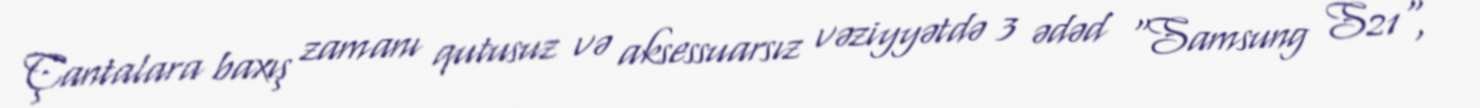
Çantalara baxış zamanı qutusuz və aksessuarsız vəziyyətdə 3 ədəd "Samsung S21",